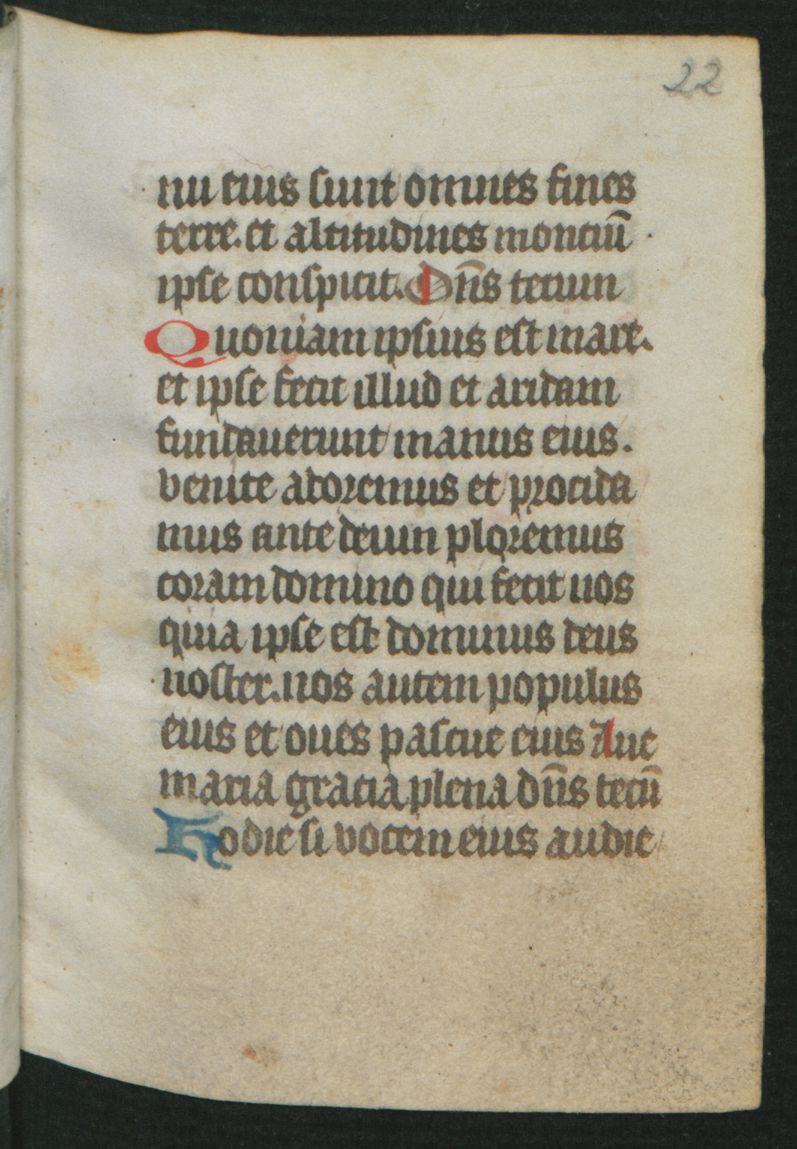
Shelfmark: Berlin, Staatsbibliothek, Hdschr. 25
Century: 15